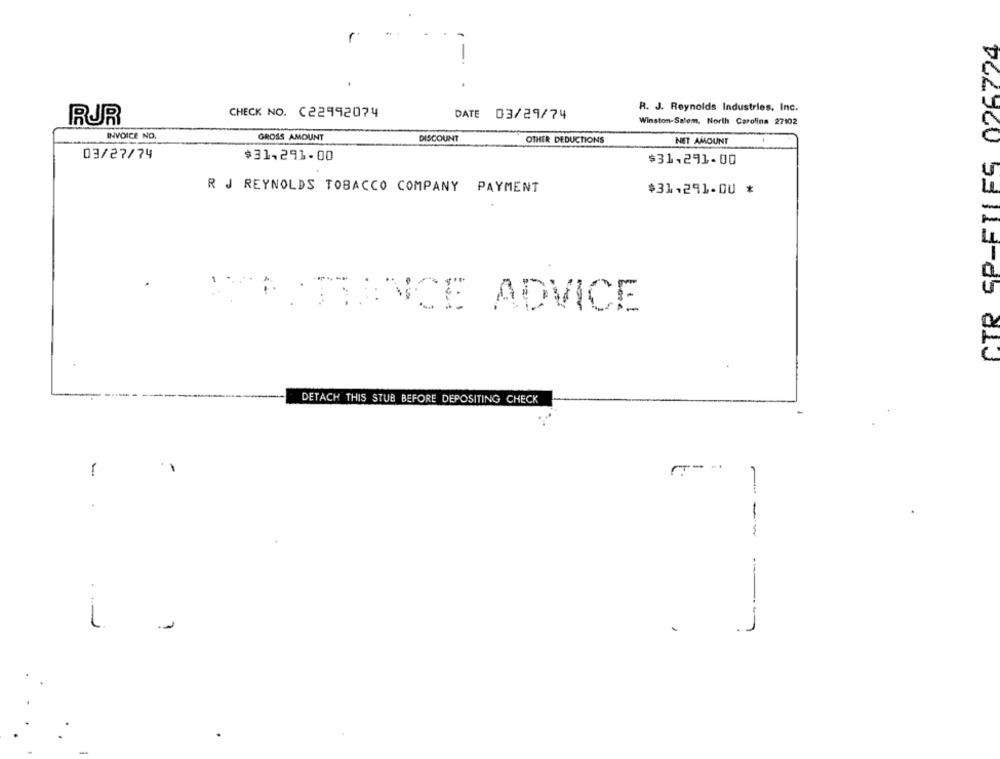
CTR GP-FTLES 026724
CHECK NO. (22992074
R. J. Reynolds Industries, Inc.
RUR
DATE 03/29/74
Winston-Salem, North Carolina 27102
INVOICE NO,
GROSS AMOUNT
DISCOUNT
OTHER DEDUCTIONS
NET AMOUNT
03/27/74
$31,291-00
$31,291-00
R J REYNOLDS TOBACCO COMPANY PAYMENT
$31,291-00 *
NCE ADVICE
.
DETACH THIS STUB BEFORE DEPOSITING CHECK
-
-
L ..
1